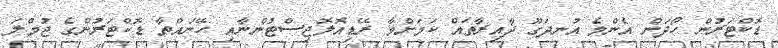
ޑޮކްޓަރުން ހޯދަން އެންމެ އުނދަގޫ ދާއިރާތައް ކަމަށްވާ ރޭޑިއޮލޮޖިސްޓުންނާއި ހޭނައްތާ ޑޮކްޓަރުންގެ ޖުމްލަ